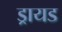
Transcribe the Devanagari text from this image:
ड्रायड